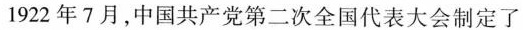
1922年7月，中国共产党第二次全国代表大会制定了